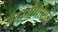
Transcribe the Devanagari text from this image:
ज्ञानमीमांसासे